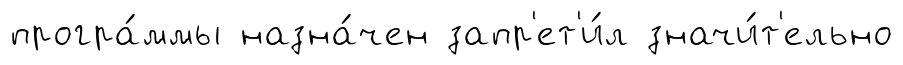
програ́ммы назна́чен запр'ет'и́л значи́т'ельно